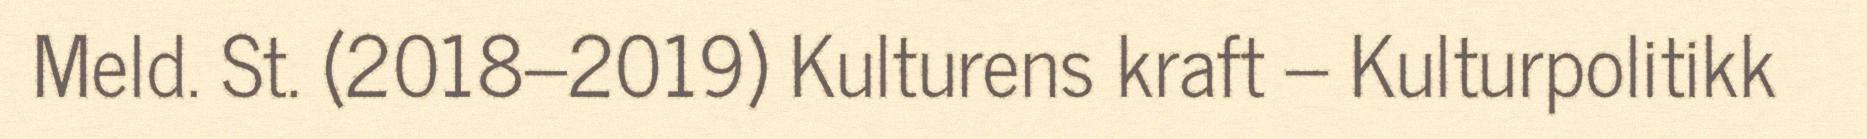
Meld. St. (2018–2019) Kulturens kraft – Kulturpolitikk